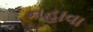
નહાવા